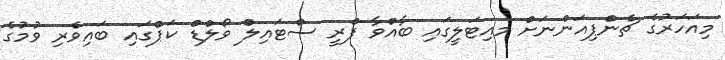
މިއަހަރުގެ ޗެންޕިއަންނަށް މއިޓަލީގައި ބާއްވާ ފްރީ ސްޓައިލް ވޯލްޑް ކަޕްގައި ބައިވެރި ވުމުގެ